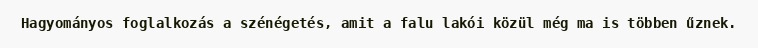
Hagyományos foglalkozás a szénégetés, amit a falu lakói közül még ma is többen űznek.